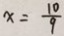
x = \frac { 1 0 } { 9 }